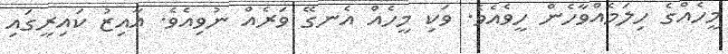
މީހެއްގެ ހިލަމެއްވާހެން ހީވެއެވެ. ވަކި މީހެއް އެނގޭ ވަރެއް ނުވިއެވެ. އާއިޒު ކައިރީގައި